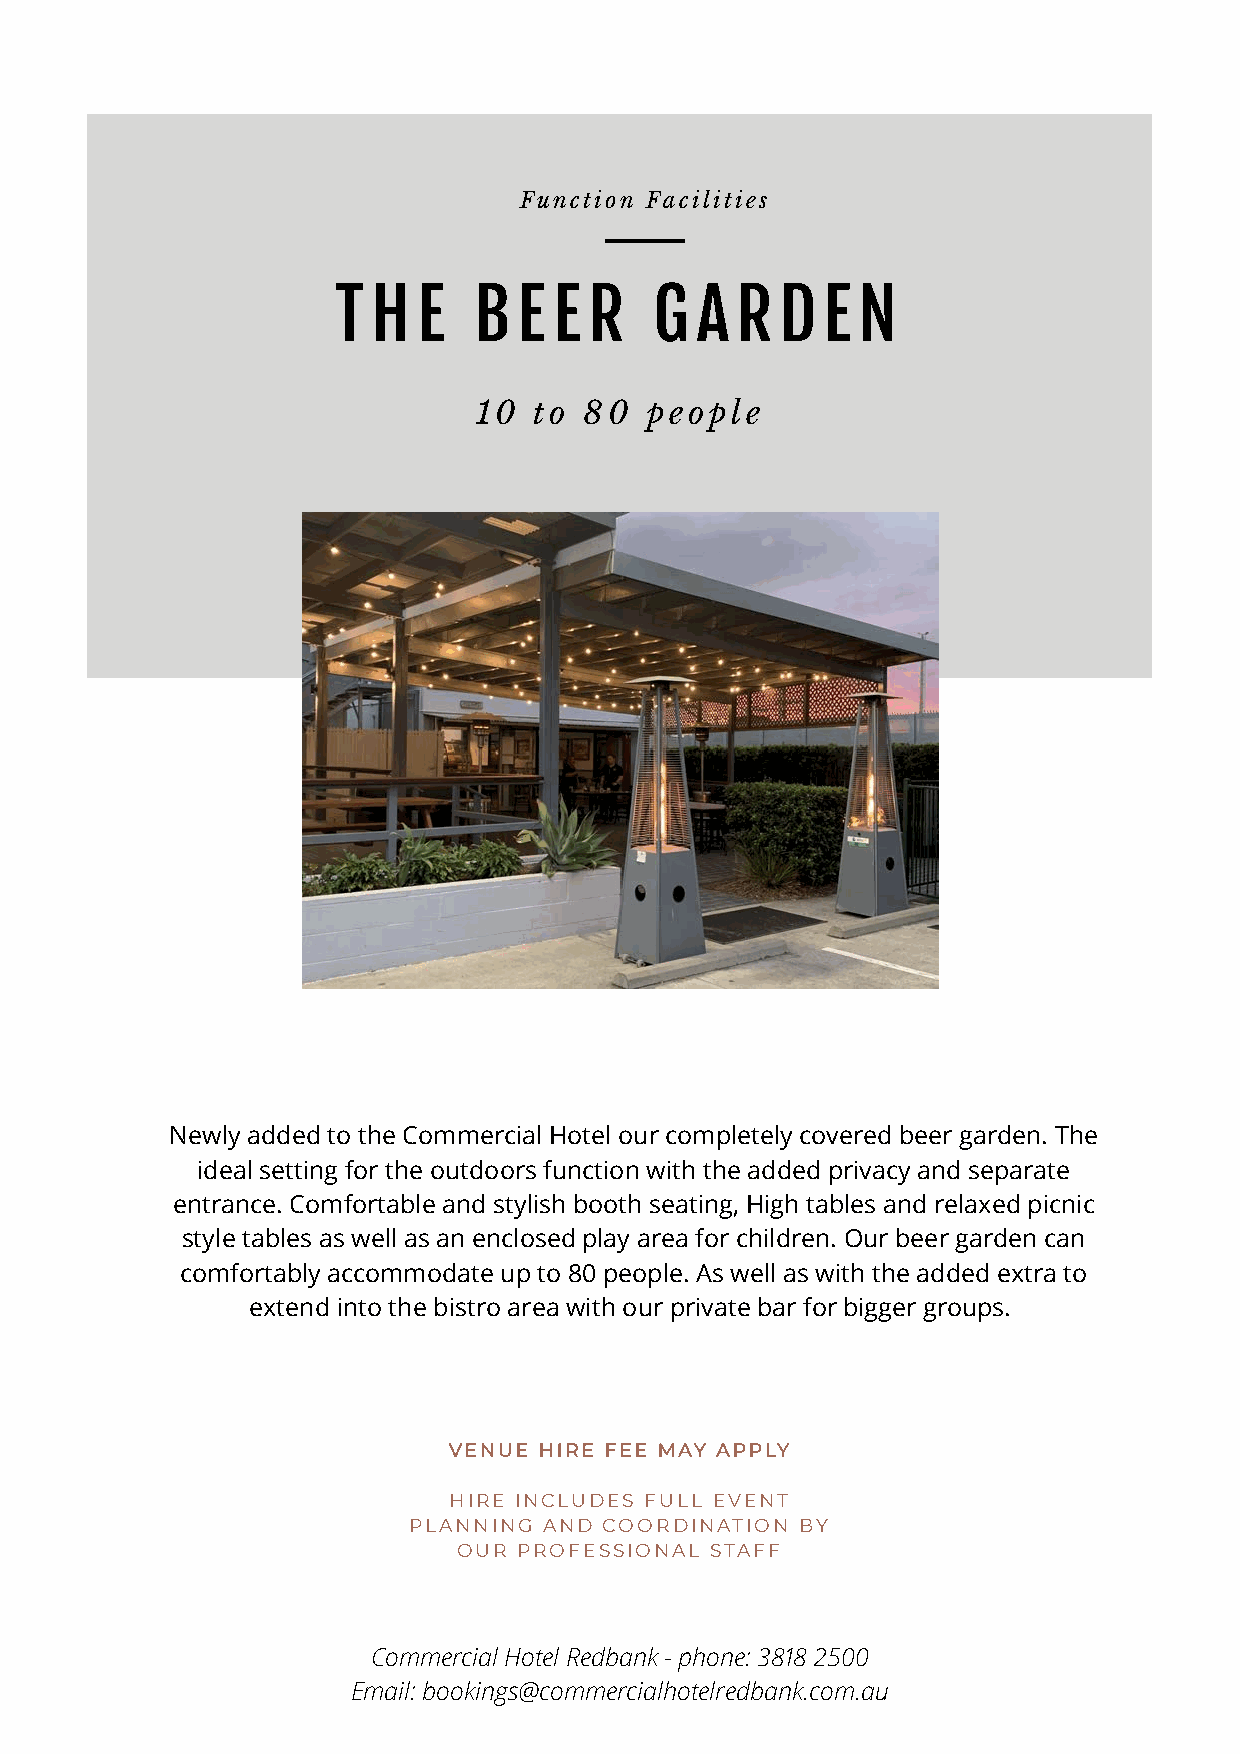
FFuunnccttiioonn FFaacciilliittiieess
 TT HH EE BB EE EE RR GG AA RR DD EE NN
 1100 ttoo 8800 ppeeooppllee
 NNeewwllyy aaddddeedd ttoo tthhee CCoommmmeerrcciiaall HHootteell oouurr ccoommpplleetteellyy ccoovveerreedd bbeeeerr ggaarrddeenn.. TThhee
 iiddeeaall sseettttiinngg ffoorr tthhee oouuttddoooorrss ffuunnccttiioonn wwiitthh tthhee aaddddeedd pprriivvaaccyy aanndd sseeppaarraattee
 eennttrraannccee.. CCoommffoorrttaabbllee aanndd ssttyylliisshh bbooootthh sseeaattiinngg,, HHiigghh ttaabblleess aanndd rreellaaxxeedd ppiiccnniicc
 ssttyyllee ttaabblleess aass wweellll aass aann eenncclloosseedd ppllaayy aarreeaa ffoorr cchhiillddrreenn.. OOuurr bbeeeerr ggaarrddeenn ccaann
 ccoommffoorrttaabbllyy aaccccoommmmooddaattee uupp ttoo 8800 ppeeooppllee.. AAss wweellll aass wwiitthh tthhee aaddddeedd eexxttrraa ttoo
 eexxtteenndd iinnttoo tthhee bbiissttrroo aarreeaa wwiitthh oouurr pprriivvaattee bbaarr ffoorr bbiiggggeerr ggrroouuppss..
 VVEENNUUEE HHIIRREE FFEEEE MMAAYY AAPPPPLLYY
 HHIIRREE IINNCCLLUUDDEESS FFUULLLL EEVVEENNTT
 PPLLAANNNNIINNGG AANNDD CCOOOORRDDIINNAATTIIOONN BBYY
 OOUURR PPRROOFFEESSSSIIOONNAALL SSTTAAFFFF
 CCoommmmeerrcciiaall HHootteell RReeddbbaannkk -- pphhoonnee:: 338888 22550000
 EEmmaaiill:: bbooookkiinnggss@@ccoommmmeerrcciiaallhhootteellrreeddbbaannkk..ccoomm..aauu